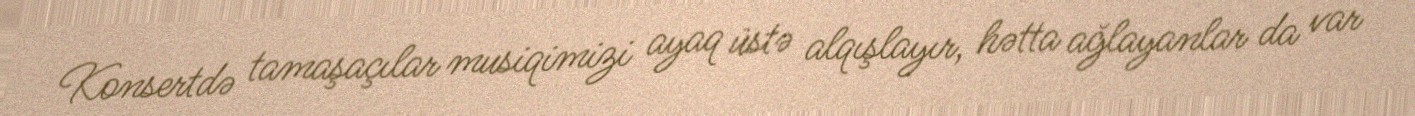
Konsertdə tamaşaçılar musiqimizi ayaq üstə alqışlayır, hətta ağlayanlar da var